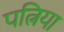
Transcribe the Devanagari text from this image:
पत्निया